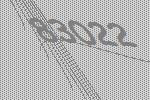
83022